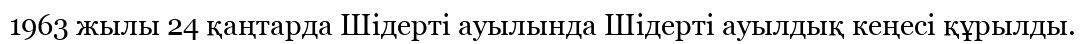
1963 жылы 24 қаңтарда Шідерті ауылында Шідерті ауылдық кеңесі құрылды.